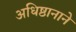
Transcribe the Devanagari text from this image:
अधिष्ठानाने